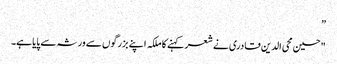
”
"حسین محی الدین قادری نے شعر کہنے کا ملکہ اپنے بزرگوں سے ورثہ سے پایا ہے۔